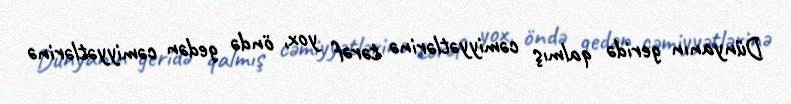
Dünyanın geridə qalmış cəmiyyətlərinə tərəf yox, öndə gedən cəmiyyətlərinə